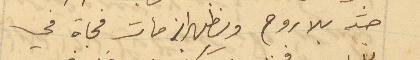
جسد بلا روح ويظهر انه مات فجاة في